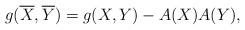
LaTeX: \begin{align*}g(\overline{X},\overline{Y})=g(X,Y)-A(X)A(Y) ,\end{align*}